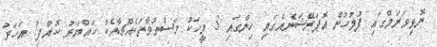
ނޮޅިވަރަމްގައި ފުލުހުން އޮޕަރޭޝަނެއްގައި ހިންގައި 3 މީހަކު މަސްތުވާތަކެއްޗާއެކު ހައްޔަރު ކޮއްފި1 އަހަރު